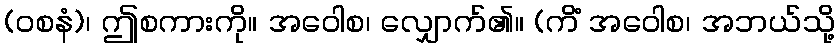
(ဝစနံ)၊ ဤစကားကို။ အဝေါစ၊ လျှောက်၏။ (ကိံ အဝေါစ၊ အဘယ်သို့